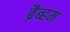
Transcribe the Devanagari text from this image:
ब्रैब्हम